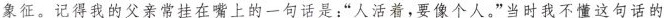
象征。记得我的父亲常挂在嘴上的一句话是:“人活着，要像个人。”当时我不懂这句话的